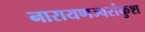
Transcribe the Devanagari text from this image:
नारायणज्वरांकुश